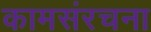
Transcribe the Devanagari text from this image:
कामसंरचना